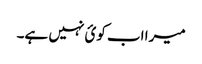
میرا اب کوئ نہیں ہے۔